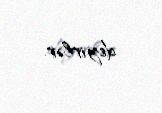
deyirlər.